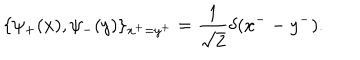
\{ \psi _ { + } ( x ) , \psi _ { - } ( y ) \} _ { x ^ { + } = y ^ { + } } = \frac { 1 } { \sqrt 2 } \delta ( x ^ { -- } y ^ { - } ) .